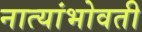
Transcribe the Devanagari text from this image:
नात्यांभोवती